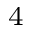
^ 4